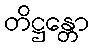
တိဋ္ဌန္တော